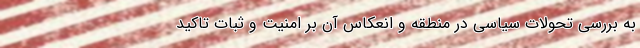
به بررسی تحولات سیاسی در منطقه و انعکاس آن بر امنیت و ثبات تاکید